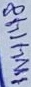
Text: 1N4148